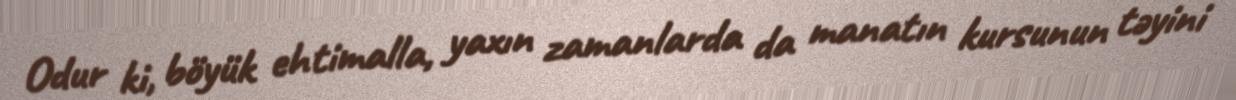
Odur ki, böyük ehtimalla, yaxın zamanlarda da manatın kursunun təyini